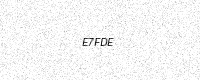
Text: E7FDE